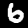
Digit: 6